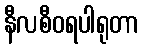
နီလစီဝရပါရုတာ